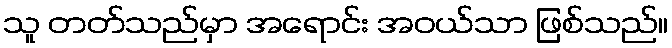
သူ တတ်သည်မှာ အရောင်း အဝယ်သာ ဖြစ်သည်။